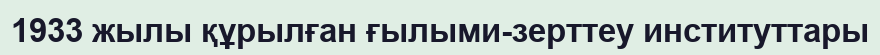
1933 жылы құрылған ғылыми-зерттеу институттары